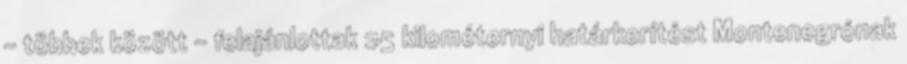
- többek között - felajánlottak 25 kilométernyi határkerítést Montenegrónak